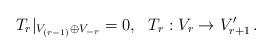
LaTeX: \begin{align*} T_r|_{V_{(r-1)}\oplus V_{-r}}=0, \ \ T_r: V_r\rightarrow V'_{r+1} \, . \end{align*}